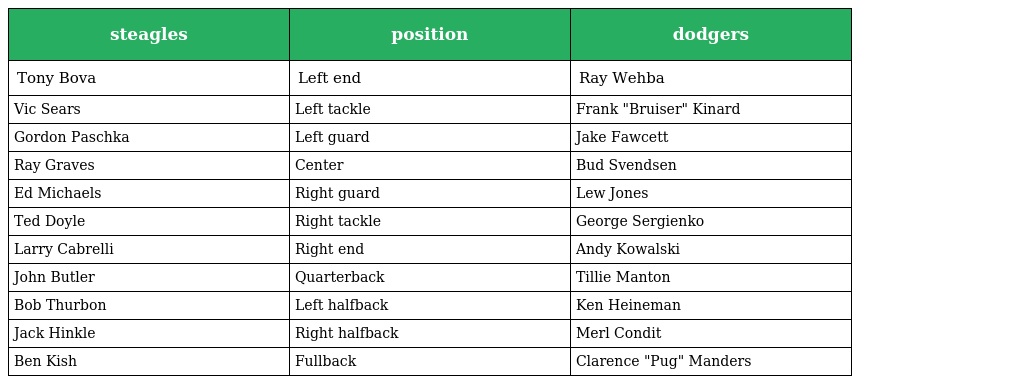
| steagles | position | dodgers |
 | --- | --- | --- |
 | Tony Bova | Left end | Ray Wehba |
 | Vic Sears | Left tackle | Frank "Bruiser" Kinard |
 | Gordon Paschka | Left guard | Jake Fawcett |
 | Ray Graves | Center | Bud Svendsen |
 | Ed Michaels | Right guard | Lew Jones |
 | Ted Doyle | Right tackle | George Sergienko |
 | Larry Cabrelli | Right end | Andy Kowalski |
 | John Butler | Quarterback | Tillie Manton |
 | Bob Thurbon | Left halfback | Ken Heineman |
 | Jack Hinkle | Right halfback | Merl Condit |
 | Ben Kish | Fullback | Clarence "Pug" Manders |